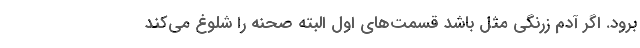
برود. اگر آدم زرنگی مثل باشد قسمت‌های اول البته صحنه را شلوغ می‌کند